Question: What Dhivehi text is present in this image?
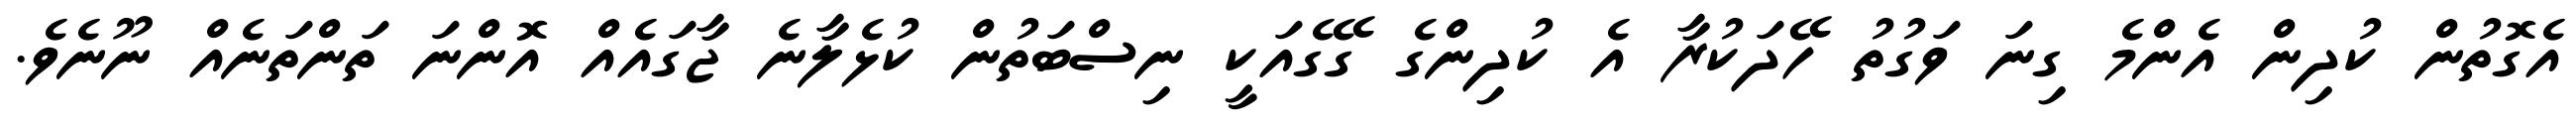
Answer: އެގޮތުން ކުދިން އެންމެ ގިނަ ވަގުތު ހޭދަކުރާ އެ ކުދިންގެ ގޭގެއަކީ ނިސްބަތުން ކުޅެލާނެ ޖާގައެއް އޮންނަ ތަންތަނެއް ނޫނެވެ.